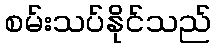
စမ်းသပ်နိုင်သည်